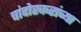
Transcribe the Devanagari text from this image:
चांदोरकरांच्या